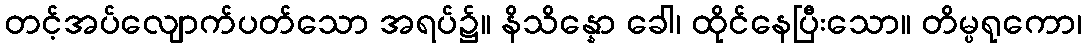
တင့်အပ်လျောက်ပတ်သော အရပ်၌။ နိသိန္နော ခေါ၊ ထိုင်နေပြီးသော။ တိမ္ပရုကော၊